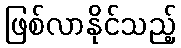
ဖြစ်လာနိုင်သည့်